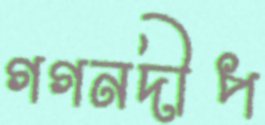
গগনদীপ